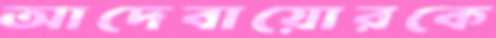
আদেবায়োরকে